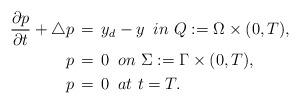
LaTeX: \begin{align*}\dfrac{\partial p}{\partial t}+\triangle p\, & =\,y_d-y\,\,\, in\,\, Q:=\Omega\times (0,T),\\p\, & =\,0\,\,\, on\,\, \Sigma :=\Gamma\times (0,T),\\p\, & =\,0\,\,\, at\,\, t=T.\end{align*}